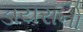
ડાયરાનો